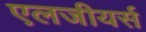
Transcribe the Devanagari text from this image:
एलजीयर्स